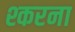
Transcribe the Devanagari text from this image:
श्करना